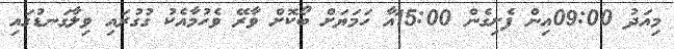
މިއަދު 09:00އިން ފެށިގެން 15:00އާ ހަމަޔަށް ބޯކޮށް ވާރޭ ވެހުމާއެކު ގުގުރައި ވިލާގަނޑުގައި